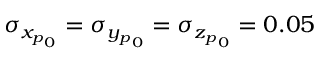
\sigma _ { { x _ { p } } _ { 0 } } = \sigma _ { { y _ { p } } _ { 0 } } = \sigma _ { { z _ { p } } _ { 0 } } = 0 . 0 5